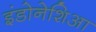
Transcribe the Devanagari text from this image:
इंडोनेशिआ